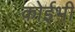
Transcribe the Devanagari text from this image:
कोईभी